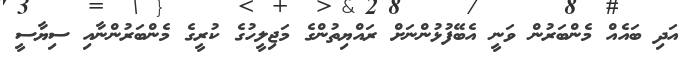
އަދި ބައެއް މެންބަރުން ވަނީ އެބޭފުޅުންނަށް ރައްޔިތުންގެ މަޖިލީހުގެ ކުރީގެ މެންބަރުންނާއި ސިޔާސީ